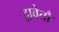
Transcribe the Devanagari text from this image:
द्वावेतौ